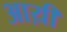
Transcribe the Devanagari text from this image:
आय़ी